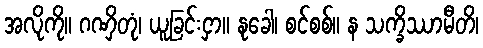
အလိုကို။ ဂဏှိတုံ၊ ယူခြင်းငှာ။ နုခေါ၊ စင်စစ်။ န သက္ခိဿာမီတိ၊